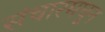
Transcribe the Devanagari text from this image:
संचारमधून